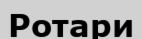
Ротари